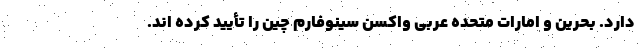
دارد. بحرین و امارات متحده عربی واکسن سینوفارم چین را تأیید کرده اند.